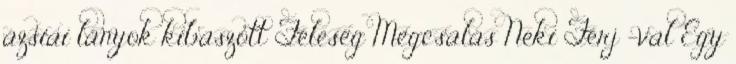
ázsiai lányok kibaszott Feleség Megcsalás Neki Férj -val Egy